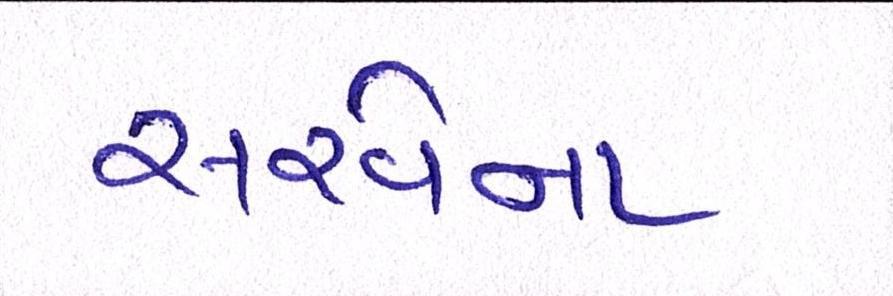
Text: સરવેના